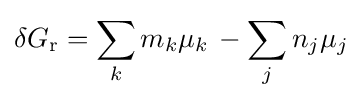
\delta G_{\mathrm {r} }=\sum _{k}m_{k}\mu _{k}\,-\sum _{j}n_{j}\mu _{j}